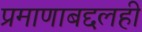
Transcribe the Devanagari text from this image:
प्रमाणाबद्दलही